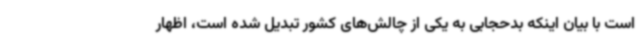
است با بیان اینکه بدحجابی به یکی از چالش‌های کشور تبدیل شده است، اظهار